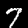
Label: 7